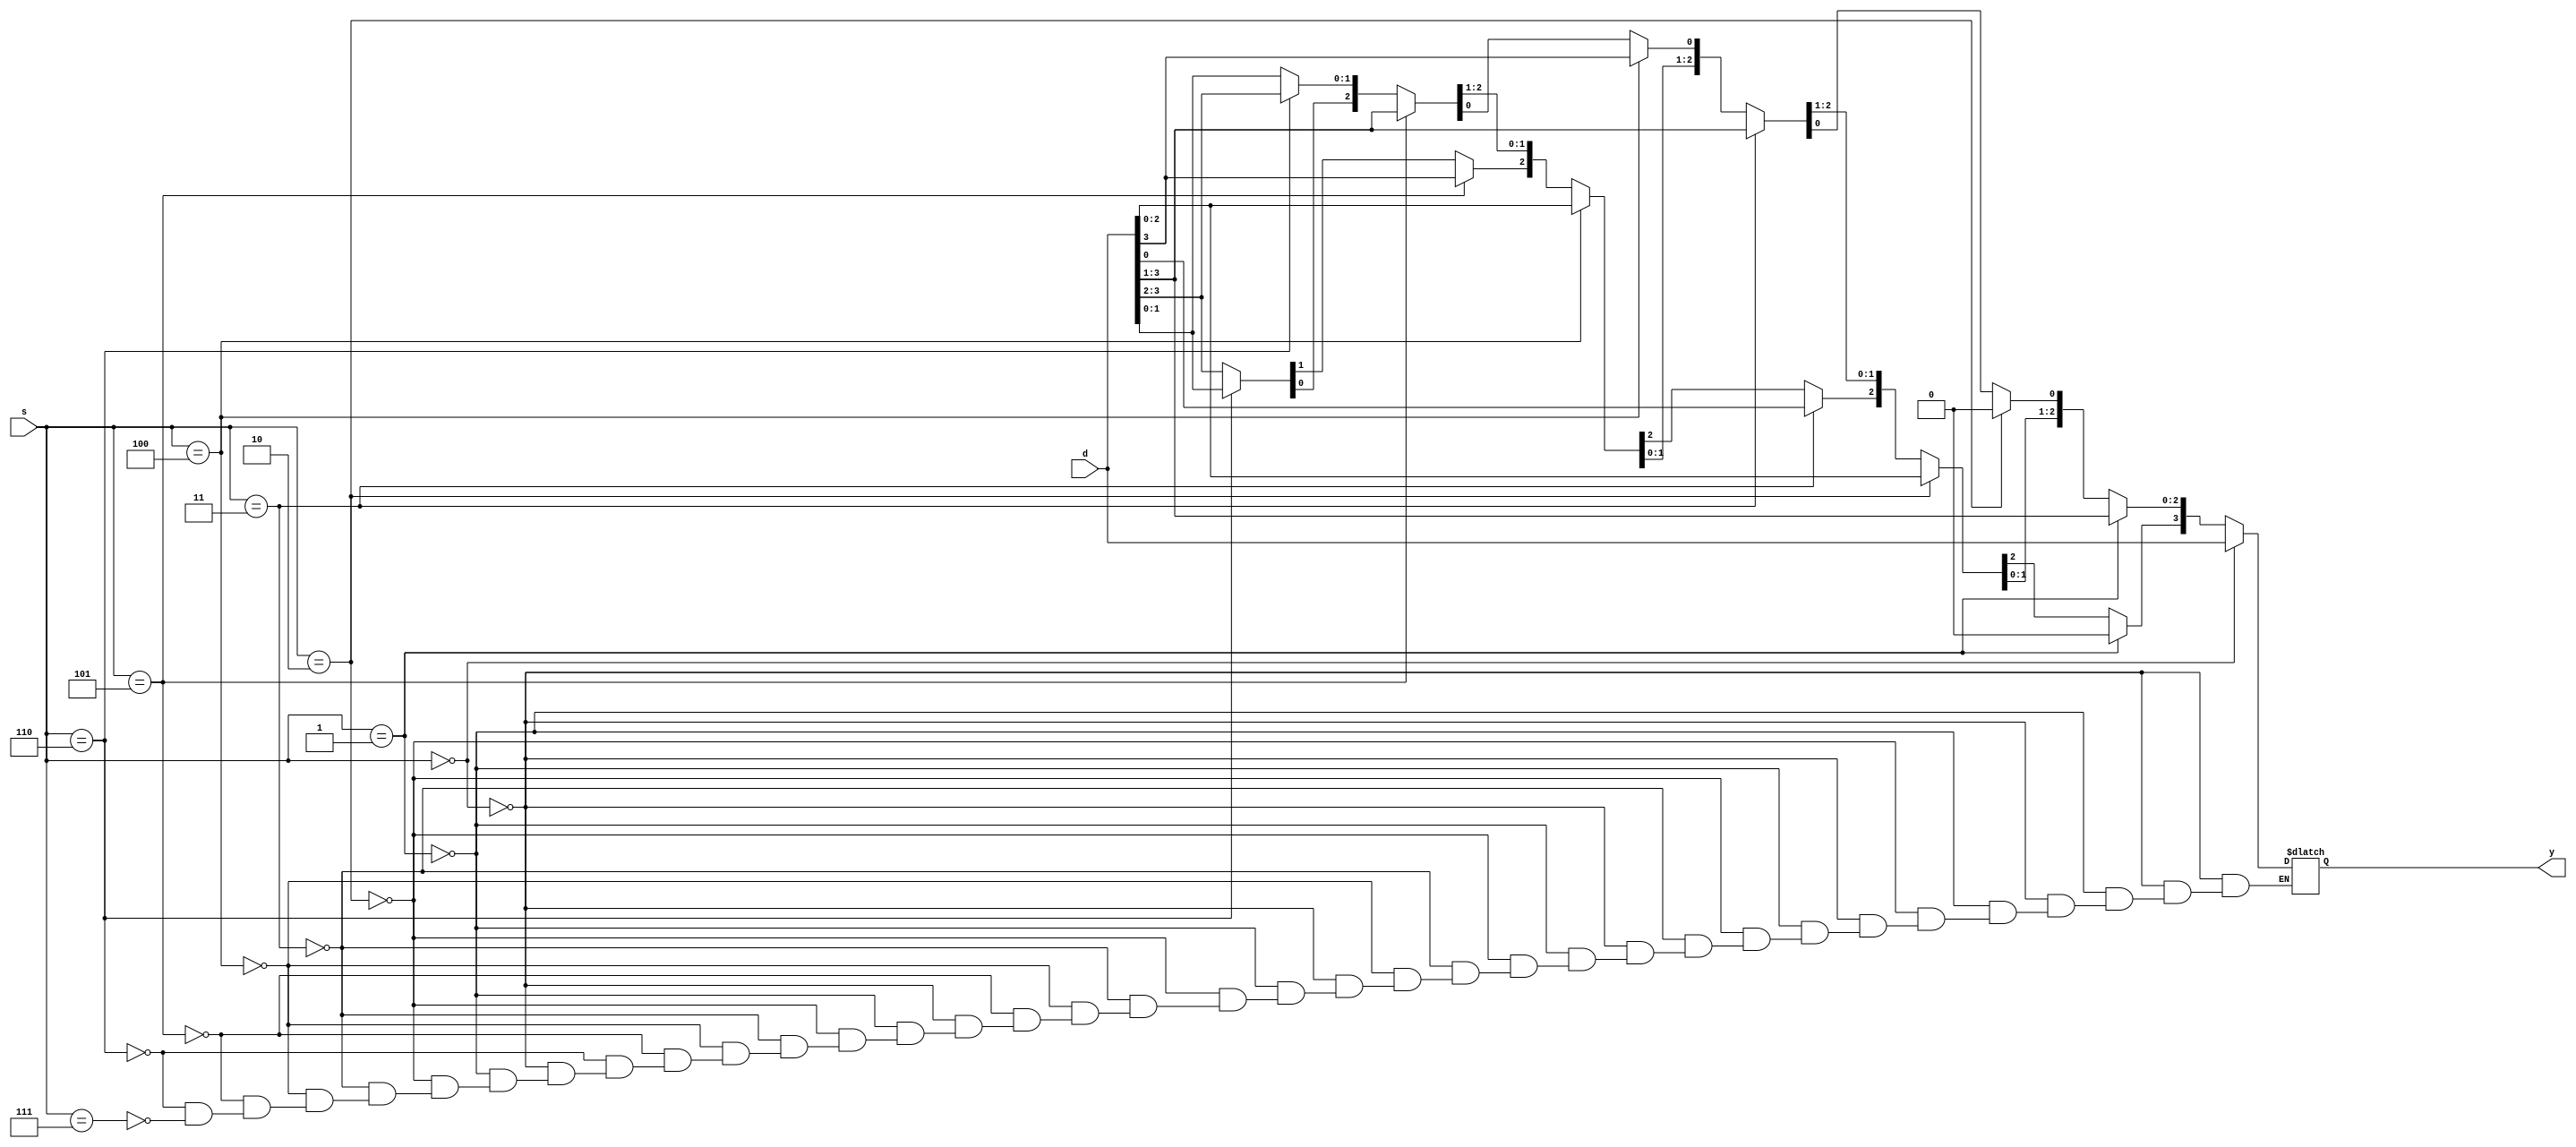
`timescale 1ns / 1ps
//////////////////////////////////////////////////////////////////////////////////
// Company: 
// Engineer: 
// 
// Design Name: 
// Module Name:    SHF_D4C3 
// Project Name: 
// Target Devices: 
// Tool versions: 
// Description: 
//
// Dependencies: 
//
// Revision: 
// Revision 0.01 - File Created
// Additional Comments: 
//
//////////////////////////////////////////////////////////////////////////////////
module SHF_D4C3(
  input wire[3:0] d,
  input wire[2:0] s,
  output wire[3:0] y
);

  reg[3:0] rd;
  reg[2:0] rs;
  reg[3:0] ry;
  
  assign y = ry;
  
  always@(*) begin
    rd = d;
    rs = s;
    
    if(rs == 0) begin
      ry = rd;
    end
    else if(rs == 1) begin
      ry[2:0] = rd[3:1];
      ry[3] = 0;
    end
    else if(rs == 2) begin
      ry[3:1] = rd[2:0];
      ry[0] = 0;
    end
    else if(rs == 3) begin
      ry[2:0] = rd[3:1];
      ry[3] = rd[0];
    end
    else if(rs == 4) begin
      ry[3:1] = rd[2:0];
      ry[0] = rd[3];
    end
    else if(rs == 5) begin
      ry[2:0] = rd[3:1];
      ry[3] = rd[3];
    end
    else if(rs == 6) begin
      ry[1:0] = rd[3:2];
      ry[3:2] = rd[1:0];
    end
    else if(rs == 7) begin
      ry = rd;
    end
  end

endmodule